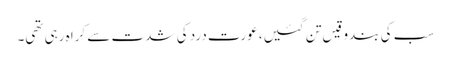
سب کی بندوقیں تن گئیں، عورت درد کی شدت سے کراہ رہی تھی۔